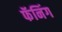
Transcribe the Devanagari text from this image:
फॅनिंग